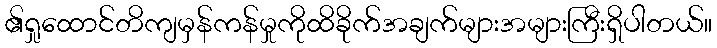
၏ရှုထောင်တိကျမှန်ကန်မှုကိုထိခိုက်အချက်များအများကြီးရှိပါတယ်။